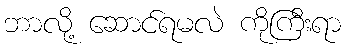
ဘာလို့ ဆောင်ရမလဲ ကိုကြီးရာ